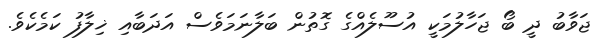
ޖަވާބު ދީ ބޯ ޖަހާލުމަކީ އުސޫލެއްގެ ގޮތުން ބަލާނަމަވެސް އަދަބާއި ޚިލާފު ކަމެކެވެ.